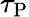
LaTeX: \tau_{\mathrm{P}}